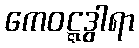
ကေဝဋ္ဋဒွါရာ